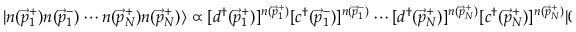
| n ( { \vec { p } } _ { 1 } ^ { + } ) n ( { \vec { p } } _ { 1 } ^ { - } ) \cdots n ( { \vec { p } } _ { N } ^ { + } ) n ( { \vec { p } } _ { N } ^ { + } ) \rangle \propto [ d ^ { \dag } ( { \vec { p } } _ { 1 } ^ { + } ) ] ^ { n ( { \vec { p } } _ { 1 } ^ { + } ) } [ c ^ { \dag } ( { \vec { p } } _ { 1 } ^ { - } ) ] ^ { n ( { \vec { p } } _ { 1 } ^ { - } ) } \cdots [ d ^ { \dag } ( { \vec { p } } _ { N } ^ { + } ) ] ^ { n ( { \vec { p } } _ { N } ^ { + } ) } [ c ^ { \dag } ( { \vec { p } } _ { N } ^ { + } ) ] ^ { n ( { \vec { p } } _ { N } ^ { + } ) } | 0 \rangle